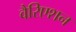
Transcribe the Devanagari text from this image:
वैरिएशन